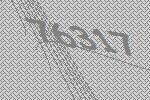
76317